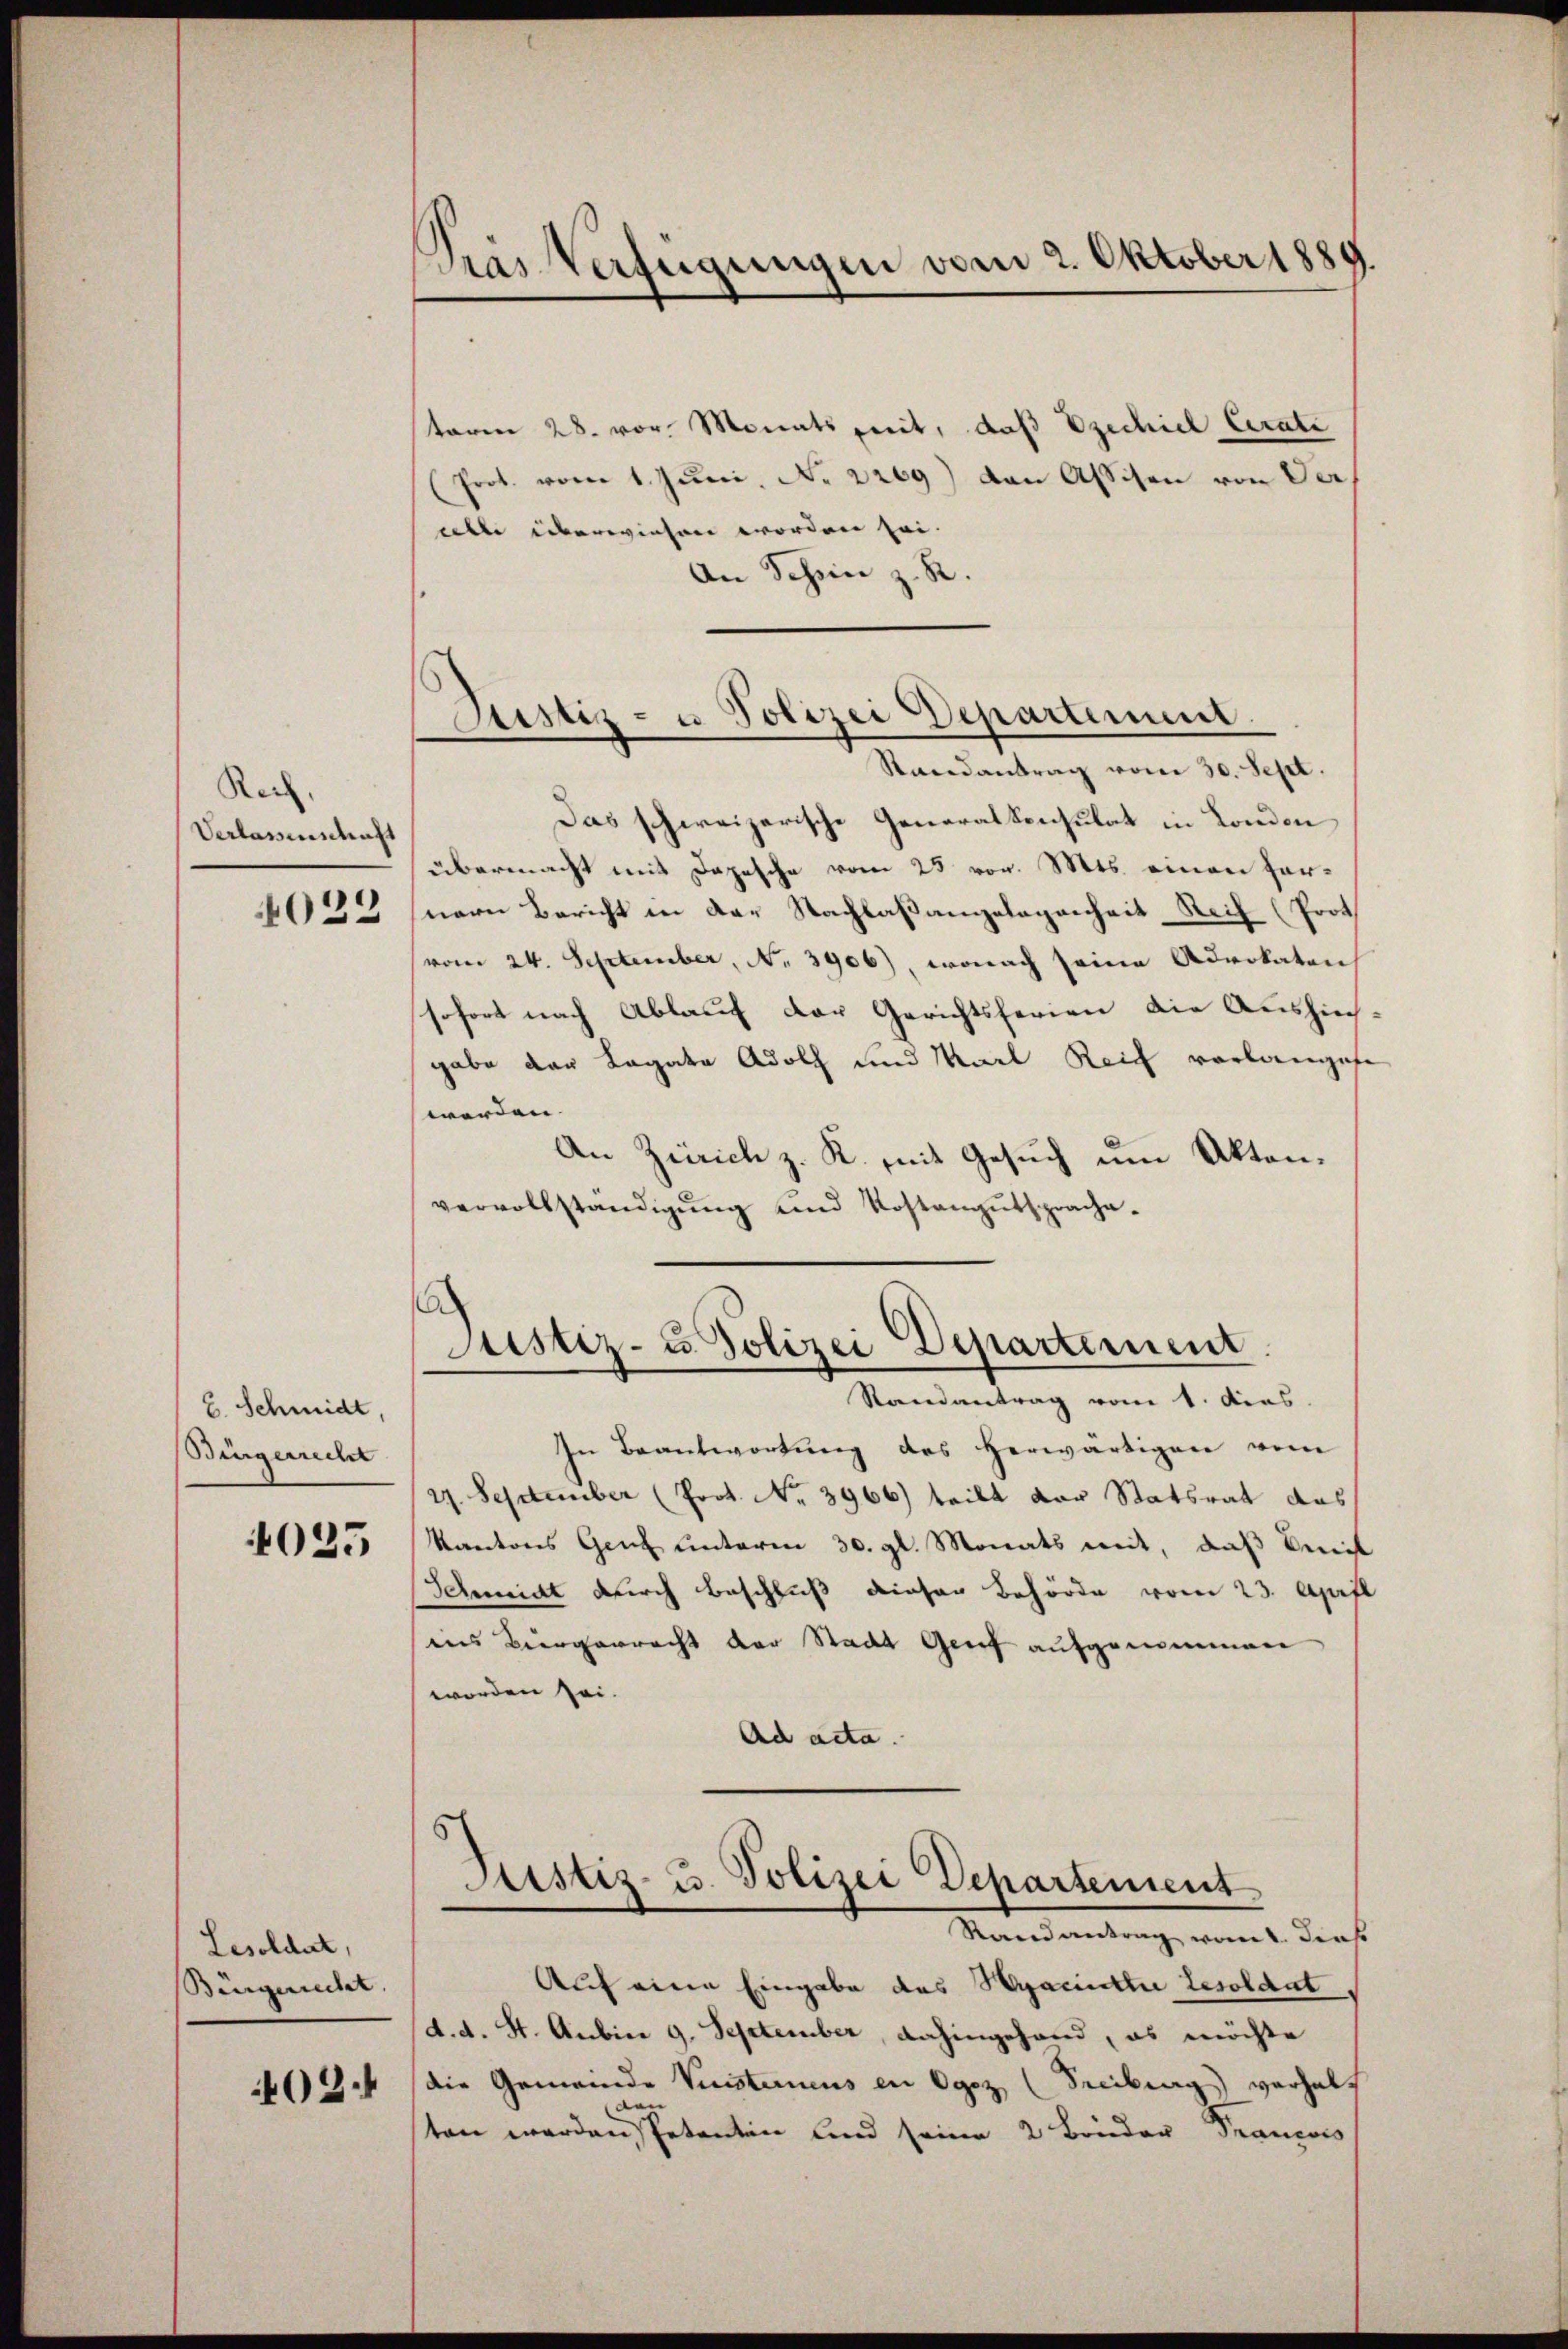
Rech
Verlassenschaft
4022

C. Schmidt,
Bingerrecht

4025

Lesoldat,
Bürgericht.
402.

Das Verfügungen vom 2. Oktober 1889

Astiz- u Polizei Departement
Randantrag vom 30. Sept.

taren 28. vor. Monatspreit, daß Ezechiel Cerate
(Prot. vom 1. Jŭni No 2269) von Assisen von Ver
aite überwiesen worden sei.
An Schein z. R.
Das schweizerische Generalkonsulat in London
übermacht mit Depesche vom 25 vor. Mts. einen hernern Bericht in der Nachlaßangelegenheit Reif (Prot
(vom 24. September, No. 3906), wonach seine Advokaten
sofort nach Ablauf der Gerichtsferien die Aushingabe der Lagate Adolf und Marl Reich vorlangese
werden. |
An Zürich z. K. mit Gesuch um Aktenvervollständigŭng und Kostangŭtsprache.

¬
Justiz- u. Polizei Departement.

Randantrag vom 1. dies
In Beantwortung des herwärtigen vom
27. September (Prot. No. 3966) teilt der Statsrat das
Kantons Genf unterm 30. gl. Monats mit, daß Seit
Schmidt durch Beschluß dieser Behörde vom 23. April
ins Bürgerrecht der Stadt Genf aufgenommen
worden sei.
Ad acta.
Justiz u. Polizei Departement
Mandantung, eines denk
Auf eine Eingabe des Syaciette Resoldat
d. d. St. Anbier 9. September, dahingehand, es möchte
die Gemeinde Versterneus in Ogoz (Seibung) verhalt
den
ten werden Petenten und seine 2 Brüder Francois